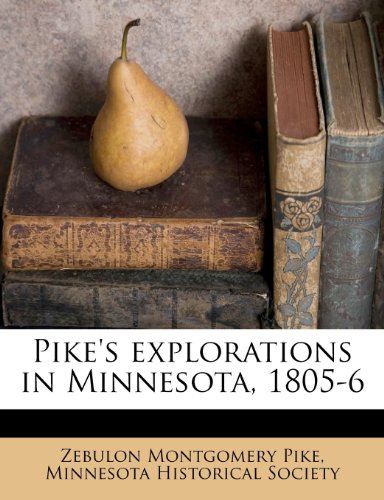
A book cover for Pike's explorations in Minnesota, 1805-6; Zebulon Montgomery Pike; Travel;